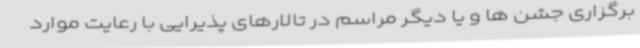
برگزاری جشن ها و یا دیگر مراسم در تالارهای پذیرایی با رعایت موارد